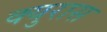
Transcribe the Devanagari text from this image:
क्युरास